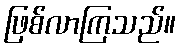
ဖြစ်လာကြသည်။